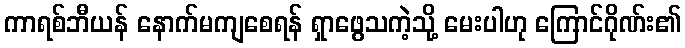
ကာရစ်ဘီယန် နောက်မကျစေရန် ရှာဖွေသကဲ့သို့ မေးပါဟု ကြောင်ဂိုဏ်း၏